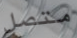
متصل